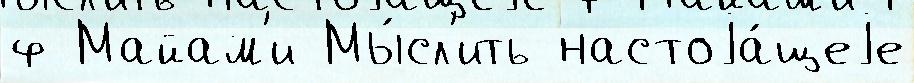
ф Майам'и Мы́сл'ить настоjа́щеjе